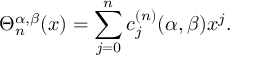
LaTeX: \Theta _ { n } ^ { \alpha , \beta } ( x ) = \sum _ { j = 0 } ^ { n } c _ { j } ^ { ( n ) } { ( \alpha , \beta ) } x ^ { j } .